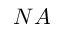
N A